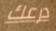
درعك